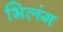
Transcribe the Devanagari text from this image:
भिलंग